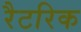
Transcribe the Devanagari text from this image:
रैटरिक